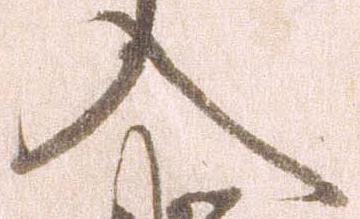
入